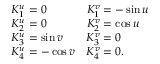
\begin{array} { l l } { { K _ { 1 } ^ { u } = 0 } } & { { K _ { 1 } ^ { v } = - \sin u } } \\ { { K _ { 2 } ^ { u } = 0 } } & { { K _ { 2 } ^ { v } = \cos u } } \\ { { K _ { 3 } ^ { u } = \sin v } } & { { K _ { 3 } ^ { v } = 0 } } \\ { { K _ { 4 } ^ { u } = - \cos v } } & { { K _ { 4 } ^ { v } = 0 . } } \end{array}